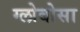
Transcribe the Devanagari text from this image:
ग्लोबोसा